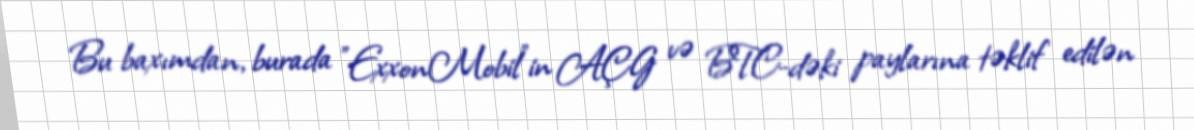
Bu baxımdan, burada ”ExxonMobil"in AÇG və BTC-dəki paylarına təklif edilən